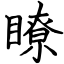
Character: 瞭